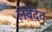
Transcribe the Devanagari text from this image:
लेबेदेव